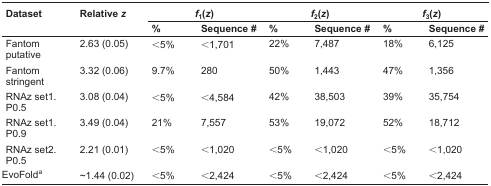
| Dataset | Relative z | <COLSPAN=2> f1(z) | <COLSPAN=2> f2(z) | <COLSPAN=2> f3(z) |
 |  |  | % | Sequence # | % | Sequence # | % | Sequence # |
 | --- | --- | --- | --- | --- | --- | --- | --- |
 | Fantom putative | 2.63 (0.05) | <5% | <1,701 | 22% | 7,487 | 18% | 6,125 |
 | Fantom stringent | 3.32 (0.06) | 9.7% | 280 | 50% | 1,443 | 47% | 1,356 |
 | RNAz set1. P0.5 | 3.08 (0.04) | <5% | <4,584 | 42% | 38,503 | 39% | 35,754 |
 | RNAz set1. P0.9 | 3.49 (0.04) | 21% | 7,557 | 53% | 19,072 | 52% | 18,712 |
 | RNAz set2. P0.5 | 2.21 (0.01) | <5% | <1,020 | <5% | <1,020 | <5% | <1,020 |
 | EvoFolda | ~1.44 (0.02) | <5% | <2,424 | <5% | <2,424 | <5% | <2,424 |